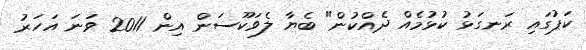
ކަޕުގައި ރަނގަޅު ކުޅުމެއް ދެއްކުން" ބެޔާ ލެވަކޫސަން އިން 2011 ވަނަ އަހަރު